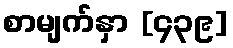
စာမျက်နှာ [၄၃၉]